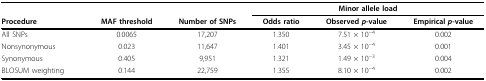
|  |  |  | <COLSPAN=3> Minor allele load |
 | Procedure | MAF threshold | Number of SNPs | Odds ratio | Observed p-value | Empirical p-value |
 | --- | --- | --- | --- | --- | --- |
 | All SNPs | 0.0065 | 17,207 | 1.350 | 7.51 × 10−4 | 0.002 |
 | Nonsynonymous | 0.023 | 11,647 | 1.401 | 3.45 × 10−4 | 0.001 |
 | Synonymous | 0.405 | 9,951 | 1.321 | 1.49 × 10−3 | 0.004 |
 | BLOSUM weighting | 0.144 | 22,759 | 1.355 | 8.10 × 10−4 | 0.002 |